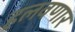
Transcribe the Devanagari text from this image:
हलवणार